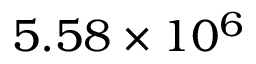
5 . 5 8 \times 1 0 ^ { 6 }